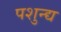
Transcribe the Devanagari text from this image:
पशुन्द्य